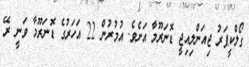
ގޯލްކީޕަރު ޖިއަންލިއިޖީ ޑޮނަރޫމާ އަށެވެ. އުމުރުން 22 އަހަރުގެ ޑޮނަރޫމާ ވަނީ ރޭ